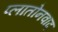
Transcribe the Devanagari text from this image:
प्लातोनवाद